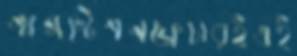
গ্যাসস্টেশনফ্লেচারইএই